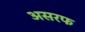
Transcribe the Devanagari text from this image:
असरफ